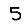
Digit: 5